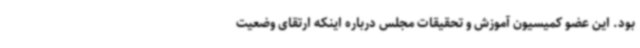
بود. این عضو کمیسیون آموزش و تحقیقات مجلس درباره اینکه ارتقای وضعیت